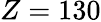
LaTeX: Z=130